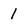
Character: 1